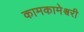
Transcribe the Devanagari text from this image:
कामकामेश्वरी